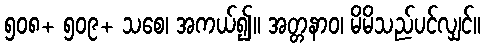
၅၀၈+ ၅၀၉+ သစေ၊ အကယ်၍။ အတ္တနာဝ၊ မိမိသည်ပင်လျှင်။